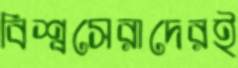
বিশ্বসেরাদেরই